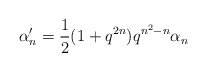
\begin{align*} \alpha_n' = \frac{1}{2}(1+q^{2n})q^{n^2-n}\alpha_n\end{align*}